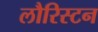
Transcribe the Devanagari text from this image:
लौरिस्टन